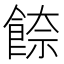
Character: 𩜪